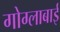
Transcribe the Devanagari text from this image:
गोग्लाबाई